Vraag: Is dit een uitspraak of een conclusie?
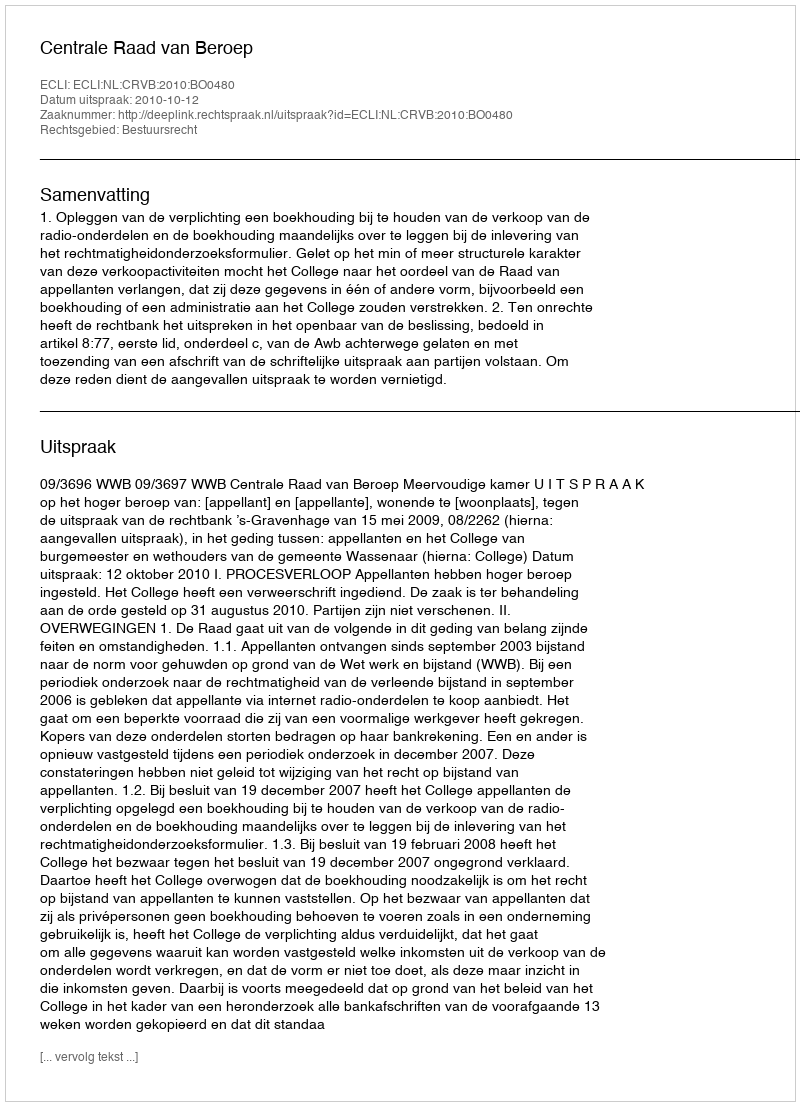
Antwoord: Uitspraak